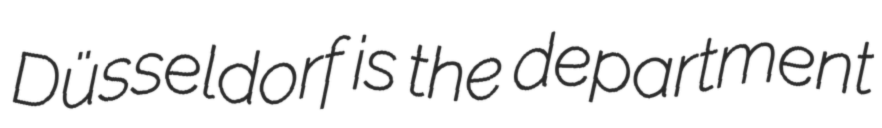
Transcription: Düsseldorf is the department